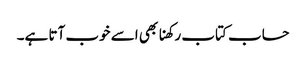
حساب کتاب رکھنا بھی اسے خوب آتا ہے۔